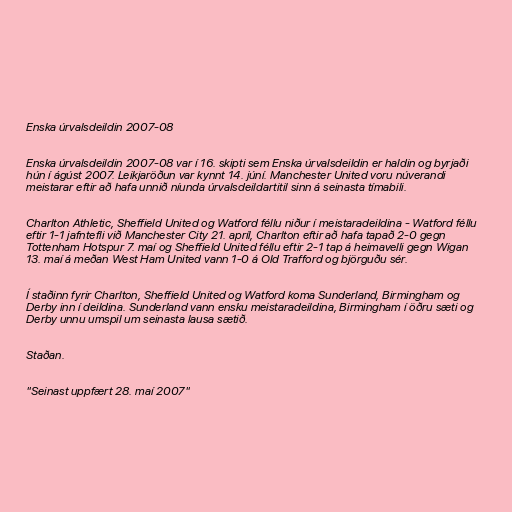
Enska úrvalsdeildin 2007-08

Enska úrvalsdeildin 2007-08 var í 16. skipti sem Enska úrvalsdeildin er haldin og byrjaði
hún í ágúst 2007. Leikjaröðun var kynnt 14. júní. Manchester United voru núverandi
meistarar eftir að hafa unnið níunda úrvalsdeildartitil sinn á seinasta tímabili.

Charlton Athletic, Sheffield United og Watford féllu niður í meistaradeildina - Watford féllu
eftir 1-1 jafntefli við Manchester City 21. apríl, Charlton eftir að hafa tapað 2-0 gegn
Tottenham Hotspur 7. maí og Sheffield United féllu eftir 2-1 tap á heimavelli gegn Wigan
13. maí á meðan West Ham United vann 1-0 á Old Trafford og björguðu sér.

Í staðinn fyrir Charlton, Sheffield United og Watford koma Sunderland, Birmingham og
Derby inn í deildina. Sunderland vann ensku meistaradeildina, Birmingham í öðru sæti og
Derby unnu umspil um seinasta lausa sætið.

Staðan.

"Seinast uppfært 28. maí 2007"